Report of the Municipal Commissioner on the plague in Bombay for the year ending 31st May... - Volume 2
Disease focus: Plague
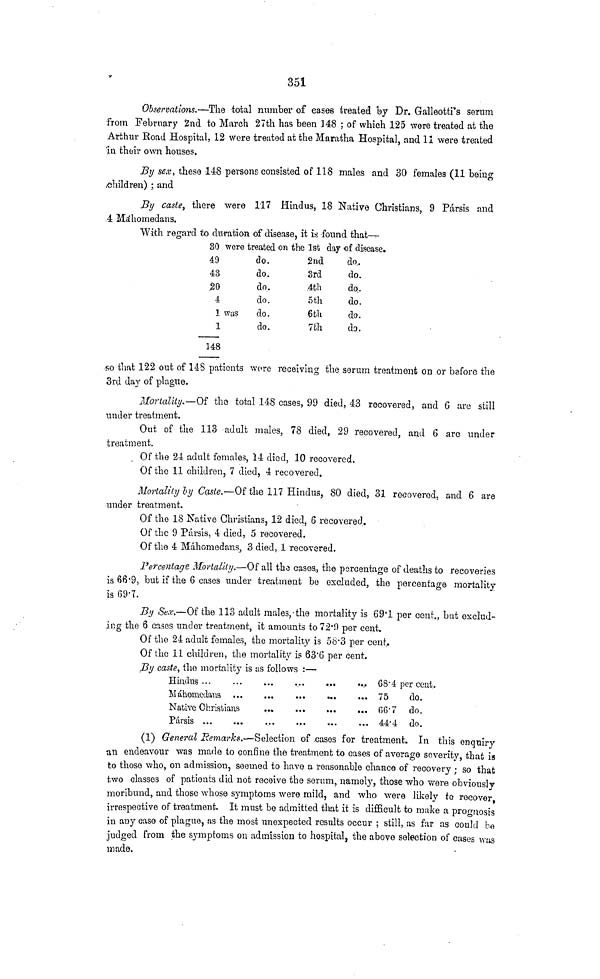
351
Observations.—The total number of eases treated by Dr. Galleotti's serum
from February 2nd to March 27th has been 148 ; of which 125 were treated at the
Arthur Road Hospital, 12 were treated at the Maratha Hospital, and 11 were treated
'in their own houses.
By sex, these 148 persons consisted of 118 males and 30 females (11 being
children) ; and
By caste, there were 117 Hindus, 18 Native Christians, 9 Pársis and
4 Máhomedans.
With regard to duration of disease, it is found that—
30 were treated on the 1st day of disease.
49
43
20
4
1
148
do.
do.
do.
do.
was
do.
do.
2nd
3rd
4th
5th
6th
7th
do..
do.
do.
do.
do.
do.
so that 122 out of 148 patients wore receiving the serum treatmont on or before the
3rd day of plague.
Mortality.—Of the total 148 cases, 99 died, 43 recovered, and 6 are still
under treatment.
Out of the 113 adult males, 78 died, 29 recovered, and 6 are under
treatment.
Of the 24 adult females, 14 died, 10 recovered.
Of the 11 children, 7 died, 4 recovered.
Mortality by Caste.—Of the 117 Hindus, 80 died, 31 recovered, and 6 are
under treatment.
Of the 18 Native Christians, 12 died, 6 recovered.
Of the 9 Pársis, 4 died, 5 recovered.
Of the 4 Máhomedans, 3 died, 1 recovered.
Percentage Mortality.—Of all the cases., the percentage of deaths to recoveries
is 66.9, but if the 6 cases under treatment be excluded, the percentage mortality
is 69.7.
By Sex.—Of the 113 adult males, the mortality is 69.1 per cent., but exclud-
ing the 6 cases under treatment, it amounts to 72.0 per cent.
Of the 24 adult females, the mortality is 58.3 per cent.
Of the 11 children, the mortality is 63'6 per cent.
By caste, the mortality is as follows :—
Hindus
Máhomedans
Native Christians
Pársis
68.4
75
66.7
44.4
per cent.
do.
do.
do.
(1) General Remarks.—Selection
of casos for treatment. In this enquiry
an endeavour was made to confine the treatment to cases of average severity, that is
to those who, on admission, seemed to have a reasonable chance of recovery ; so that
two classes of patients did not receive the serum, namely, those who were obviously
moribund, and those whose symptoms were mild, and who were likely to recover,
irrespective of treatment. It must be admitted that it is difficult to make a prognosis
in any caso of plague, as the most unexpected results occur ; still, as far as could bo
judged from the symptoms on admission to hospital, the above selection of cases was
made.